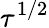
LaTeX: \tau^{1/2}